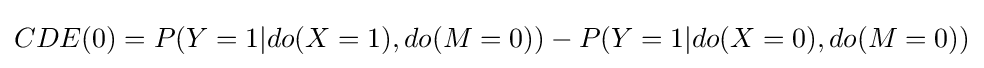
CDE(0)=P(Y=1|do(X=1),do(M=0))-P(Y=1|do(X=0),do(M=0))